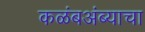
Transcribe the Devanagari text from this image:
कळंबअंब्याचा